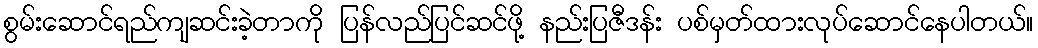
စွမ်းဆောင်ရည်ကျဆင်းခဲ့တာကို ပြန်လည်ပြင်ဆင်ဖို့ နည်းပြဇီဒန်း ပစ်မှတ်ထားလုပ်ဆောင်နေပါတယ်။